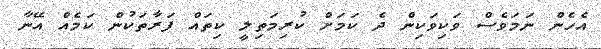
އެހެން ނަމަވެސް ވަކިވަކިން ދެ ކަމަށް ކުރިމަތިލީ ކިތައް ފަރާތަކުން ކަމެއް އޭނާ